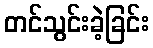
တင်သွင်းခဲ့ခြင်း